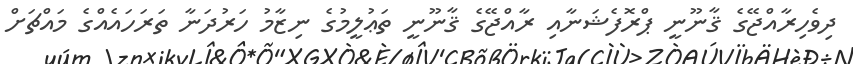
ދިވެހިރާއްޖޭގެ ޤާނޫނީ ޕްރޮފެޝަނާއި ރާއްޖޭގެ ޤާނޫނީ ތަޢުލީމުގެ ނިޒާމު ހަރުދަނާ ތަރަހައެއްގެ މައްޗަށް